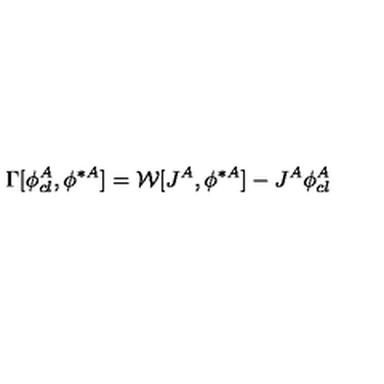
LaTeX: \Gamma [ \phi _ { c l } ^ { A } , \phi ^ { \ast A } ] = { \cal W } [ J ^ { A } , \phi ^ { \ast A } ] - J ^ { A } \phi _ { c l } ^ { A }